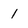
Character: 1